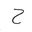
Letter: _ha